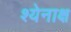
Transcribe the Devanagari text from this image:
श्येनाक्ष